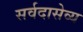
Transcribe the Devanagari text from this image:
सर्वदासेव्य